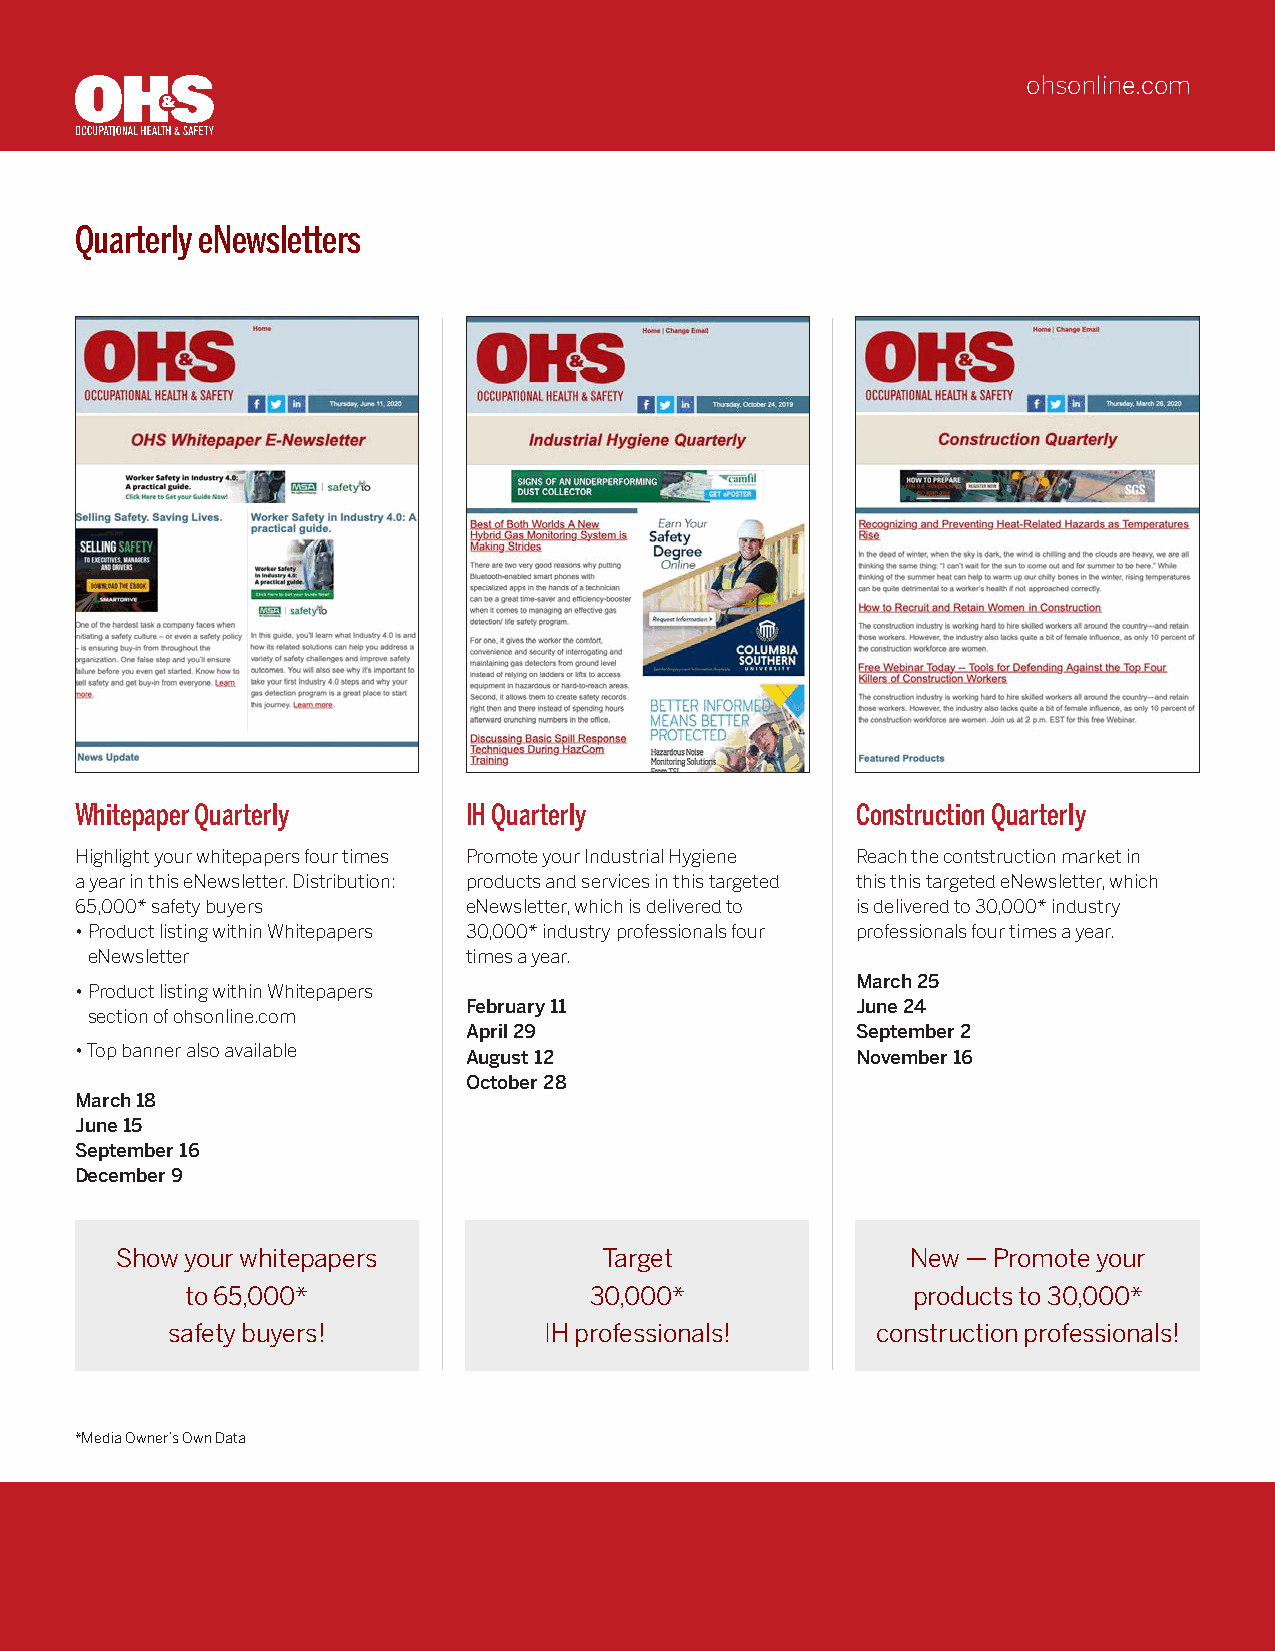
ohsonline.com
 Quarterly eNewsletters
 Whitepaper Quarterly      IH Quarterly              Construction Quarterly
 Highlight your whitepapers four times Promote your Industrial Hygiene Reach the contstruction market in
 a year in this eNewsletter. Distribution: products and services in this targeted this this targeted eNewsletter, which
 65,000* safety buyers     eNewsletter, which is delivered to is delivered to 30,000* industry
 • Product listing within Whitepapers 30,000* industry professionals four professionals four times a year.
 eNewsletter              times a year.
 March 25
 • Product listing within Whitepapers
 February 11               June 24
 section of ohsonline.com
 April 29                  September 2
 • Top banner also available August 12               November 16
 October 28
 March 18
 June 15
 September 16
 December 9
 Show your whitepapers           Target              New — Promote your
 to 65,000*                 30,000*              products to 30,000*
 safety buyers!           IH professionals!     construction professionals!
 *Media Owner’s Own Data